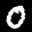
Label: 0